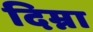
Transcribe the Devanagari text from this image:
दिम्ना